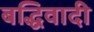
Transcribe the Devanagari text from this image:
बद्धिवादी